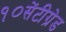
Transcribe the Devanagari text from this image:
१०सेंटीग्रेड